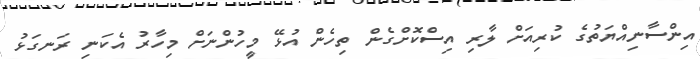
އިންސާނިއްޔަތުގެ ކުރިއަށް ލާރި އިސްކޮށްގެން ތިހެން އުޅޭ މީހުންނަށް މިހާރު އެކަނި ރަނގަޅު